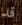
قد